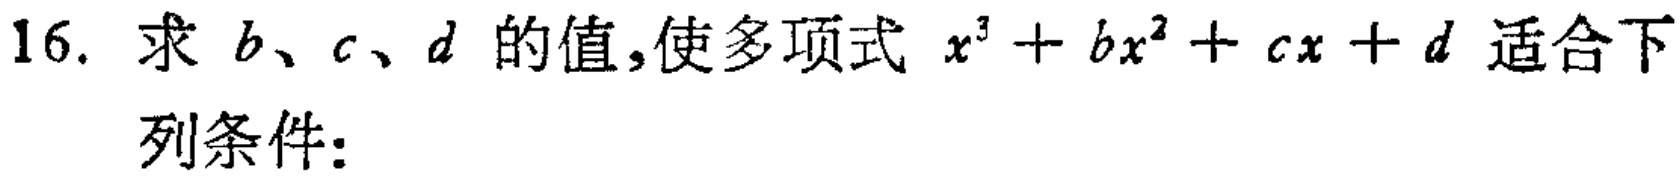
16. 求 \(b、c、d\) 的值,使多项式 \(x^{3}+bx^{2}+cx + d\) 适合下列条件：